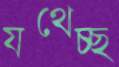
যথেচ্ছ